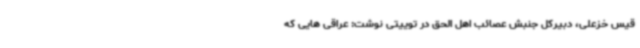
قیس خزعلی، دبیرکل جنبش عصائب اهل الحق در توییتی نوشت: عراقی هایی که